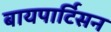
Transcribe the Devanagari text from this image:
बायपार्टिसन